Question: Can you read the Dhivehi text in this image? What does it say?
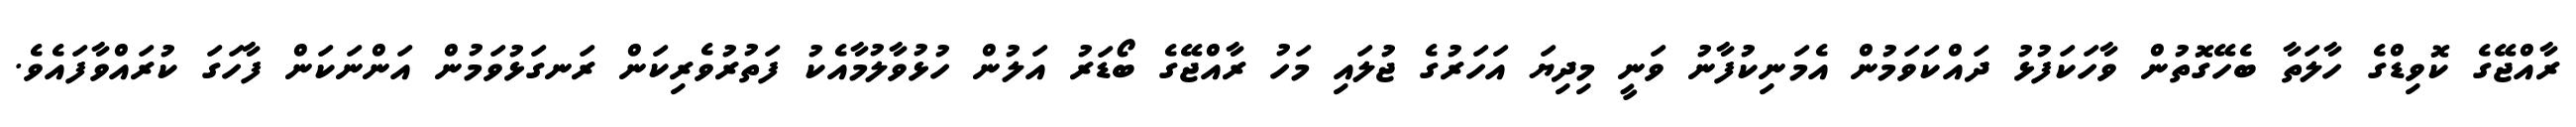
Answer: ރާއްޖޭގެ ކޮވިޑްގެ ހާލަތާ ބެހޭގޮތުން ވާހަކަފުޅު ދައްކަވަމުން އެމަނިކުފާނު ވަނީ މިދިޔަ އަހަރުގެ ޖުލައި މަހު ރާއްޖޭގެ ބޯޑަރު އަލުން ހުޅުވާލުމާއެކު ފަތުރުވެރިކަން ރަނގަޅުވަމުން އަންނަކަން ފާހަގަ ކުރައްވާފައެވެ.